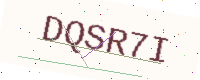
Text: DQSR7I